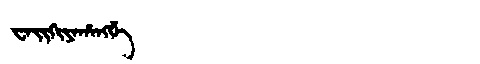
Manchu: ᠸᠠᡳᡴᡳᠶᠠᡥᠠᠩᡤᡝ
Romanization: WAIKIYAHANGGE